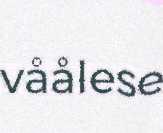
våålese